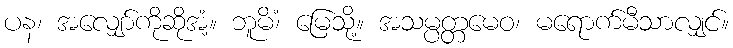
ပန၊ အလျှော်ကိုဆိုအံ့။ ဘူမိံ၊ မြေသို့။ အသမ္ပတ္တမေဝ၊ မရောက်မီသာလျှင်။